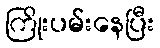
ကြိုးပမ်းနေပြီး